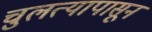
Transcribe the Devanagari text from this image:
चुलत्यापासून